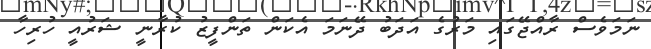
ނަމަވެސް ރާއްޖޭގައި މަރުގެ އަދަބު ދޭނަމަ އެކަން ތަންފީޒު ކުރާނީ ޝަރުއީ ހުރިހާ